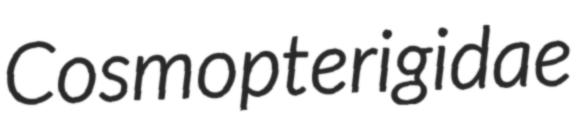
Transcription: Cosmopterigidae